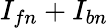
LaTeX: I_{fn}+I_{bn}